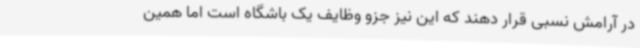
در آرامش نسبی قرار دهند که این نیز جزو وظایف یک باشگاه است اما همین